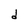
Character: d